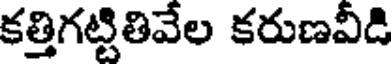
కత్తిగట్టితివేల కరుణవీడి